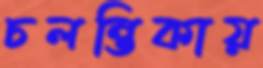
চলন্তিকায়